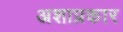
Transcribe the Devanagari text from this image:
अशाप्रकार